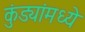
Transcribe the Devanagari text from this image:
कुंड्यांमध्ये